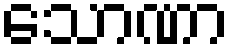
သောဏာ